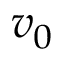
v _ { 0 }